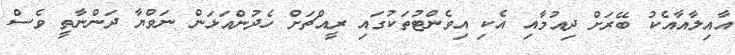
އާއިލާއާއެކު ބޭރަށް ދިއުމާއި އެކި އިވެންޓުތަކުގައި ރީއްޗަށް ހެދުންއަޅަން ނަވްޔާ ދަންނާތީ ވެސް